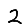
Digit: 2